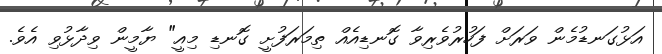
އަޅުގަނޑުމެން ވަރަށް ފަހުރުވެރިވާ ގޮނޑިއެއް ތިމަރަފުށީ ގޮނޑި މިއީ" ޔާމީން ވިދާޅުވި އެވެ.